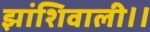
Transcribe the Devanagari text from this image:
झांशिवाली।।